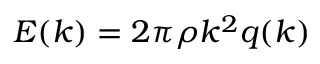
E ( k ) = 2 \pi \rho k ^ { 2 } q ( k )